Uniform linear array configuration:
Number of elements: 8
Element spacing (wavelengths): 1
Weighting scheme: exponential
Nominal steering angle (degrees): -60
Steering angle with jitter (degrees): -61.063
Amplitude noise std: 0.05
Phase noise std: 0.05

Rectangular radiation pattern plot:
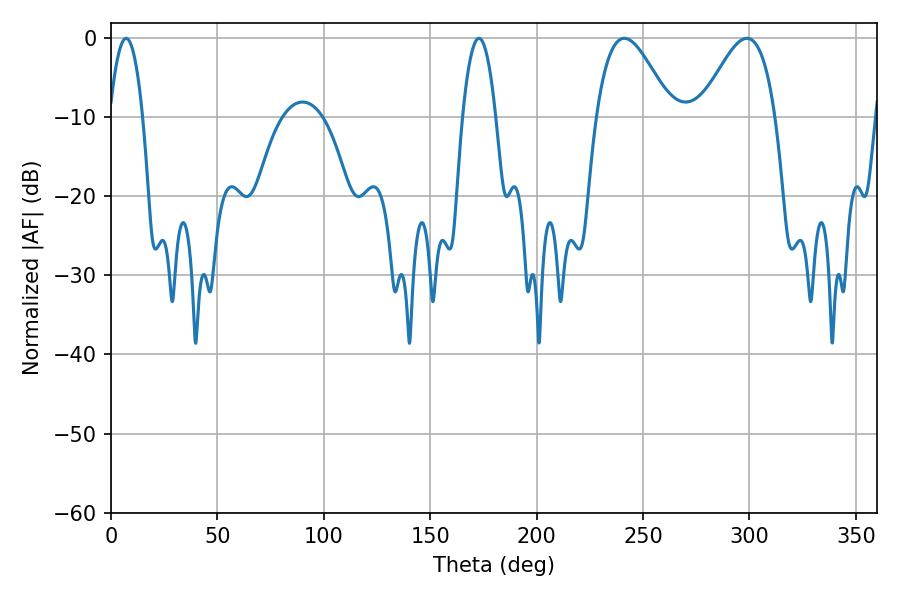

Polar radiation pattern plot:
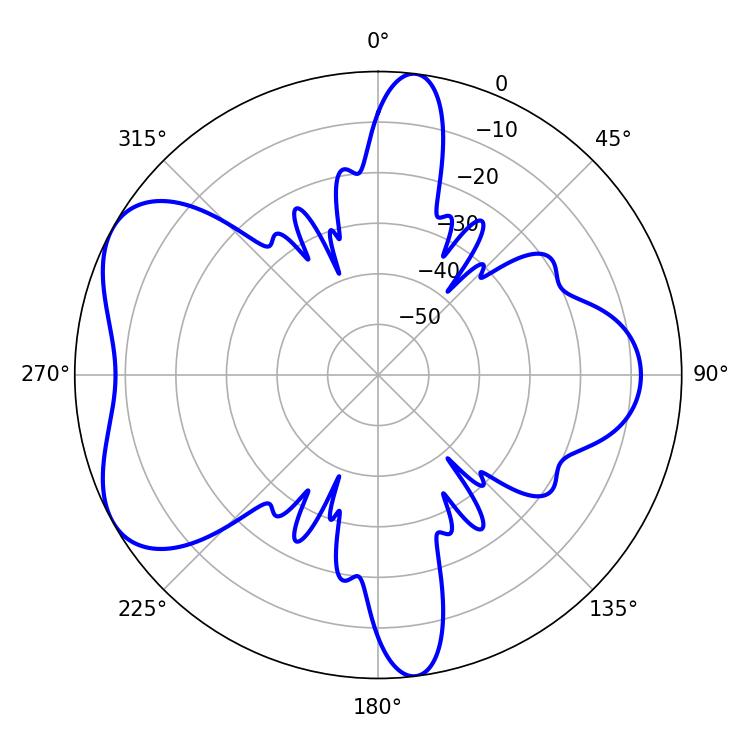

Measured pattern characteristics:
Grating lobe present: TRUE
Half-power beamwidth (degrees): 18.9
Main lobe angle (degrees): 298.8